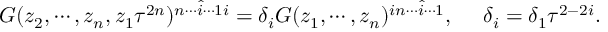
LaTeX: G ( z _ { 2 } , \cdots , z _ { n } , z _ { 1 } \tau ^ { 2 n } ) ^ { n \cdots \hat { i } \cdots 1 i } = \delta _ { i } G ( z _ { 1 } , \cdots , z _ { n } ) ^ { i n \cdots \hat { i } \cdots 1 } , ~ ~ ~ ~ \delta _ { i } = \delta _ { 1 } \tau ^ { 2 - 2 i } .